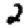
Digit: 2